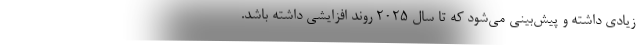
زیادی داشته و پیش‌بینی می‌شود که تا سال ۲۰۲۵ روند افزایشی داشته باشد.